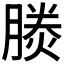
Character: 𪱪